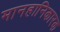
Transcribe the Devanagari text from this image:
मानहानिकारक